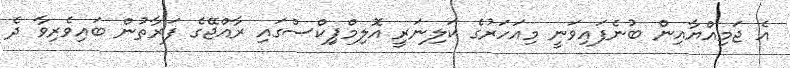
އެ ޖަމިއްޔާއިން ބުނެފައިވަނީ މިއަހަރުގެ ކަލިނަރީ އޮލިމްޕިިކްސްގައި ރާއްޖޭގެ ފަރާތުން ބައިވެރިވާ ދެ